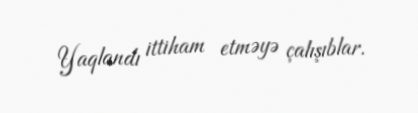
Yaqlandı ittiham etməyə çalışıblar.